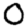
Digit: 0